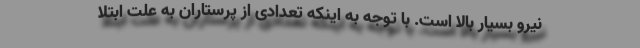
نیرو بسیار بالا است. با توجه به اینکه تعدادی از پرستاران به علت ابتلا